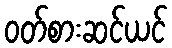
ဝတ်စားဆင်ယင်